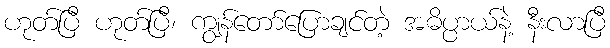
ဟုတ်ပြီ ဟုတ်ပြီ၊ ကျွန်တော်ပြောချင်တဲ့ အဓိပ္ပာယ်နဲ့ နီးလာပြီ